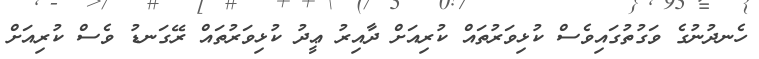
ހެނދުނުގެ ވަގުތުގައިވެސް ކުޅިވަރުތައް ކުރިއަށް ދާއިރު ޢީދު ކުޅިވަރުތައް ރޭގަނޑު ވެސް ކުރިއަށް